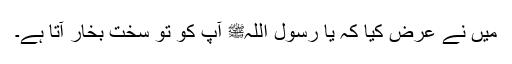
میں نے عرض کیا کہ یا رسول اللہﷺ آپ کو تو سخت بخار آتا ہے۔